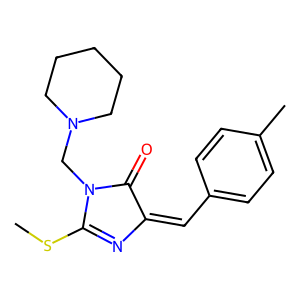
SMILES: CSC1=NC(=Cc2ccc(C)cc2)C(=O)N1CN1CCCCC1
Inhibits HIV replication: No